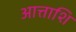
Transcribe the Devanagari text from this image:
आत्ताशि